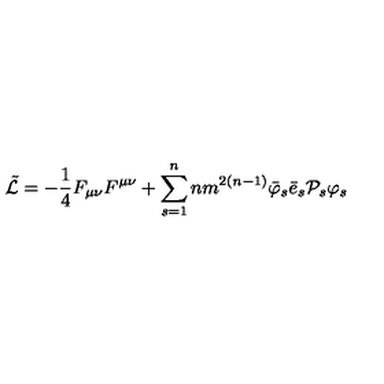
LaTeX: \tilde { { \cal L } } = - \frac { 1 } { 4 } F _ { \mu \nu } F ^ { \mu \nu } + \sum _ { s = 1 } ^ { n } n m ^ { 2 \left( n - 1 \right) } { \bar { \varphi } } _ { s } { \bar { e } } _ { s } { { \cal P } } _ { s } { \varphi } _ { s }